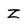
Character: Z